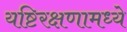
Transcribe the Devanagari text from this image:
यष्टिरक्षणामध्ये